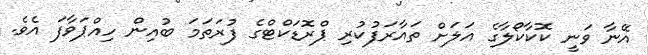
އޭނާ ވަނީ ކޮކާކޯލާގެ އަލަށް ތައާރަފުކުރި ޕްރޮޑަކްޓްގެ ފުރަތަމަ ބުއިން ހިއްޕަވާފަ އެވެ.